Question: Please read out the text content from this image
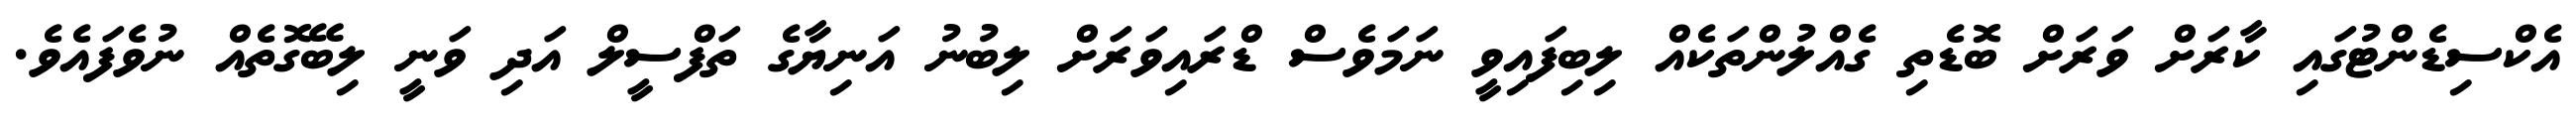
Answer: އެކްސިޑެންޓުގައި ކާރަށް ވަރަށް ބޮޑެތި ގެއްލުންތަކެއް ލިބިފައިވީ ނަމަވެސް ޑްރައިވަރަށް ލިބުނު އަނިޔާގެ ތަފްސީލް އަދި ވަނީ ލިބޭގޮތެއް ނުވެފައެވެ.